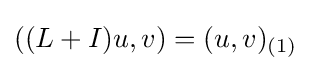
((L+I)u,v)=(u,v)_{(1)}